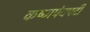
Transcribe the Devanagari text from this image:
कष्णपंचपदी